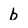
Character: b